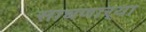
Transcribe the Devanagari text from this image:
साधणार्‍या